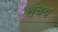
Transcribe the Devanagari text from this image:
शचय